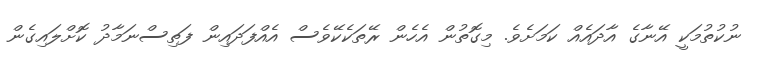
ނުކުތުމަކީ އޭނާގެ އާދައެެއް ކަމަށެވެ. މިގޮތުން އެހެން ރޭތަކެކޭވެސް އެއްފަދައިން ފަތިސްނަމާދު ކޮށްލައިގެން